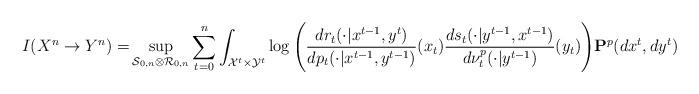
LaTeX: \begin{align*}I(X^n\rightarrow{Y}^n) =&\sup_{{\cal S}_{0,n}\otimes{\cal R}_{0,n}} \sum^n_{t=0}\int_{{{\cal X}^{t} }\times {\cal Y}^{t}}\log\Bigg(\frac{d{r}_t(\cdot|x^{t-1},y^{t})}{dp_t(\cdot|x^{t-1},y^{t-1})}(x_t)\frac{ds_t(\cdot|y^{t-1},x^{t-1})}{d\nu_{t}^p(\cdot|y^{t-1})}(y_t)\Bigg){\bf P}^p(dx^t, dy^t) \end{align*}